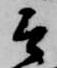
そ